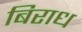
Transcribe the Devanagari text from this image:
बिराध